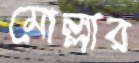
মোল্লার